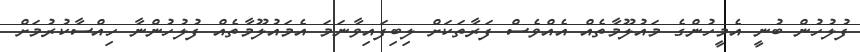
ފުލުހުން ބުނީ އެމީހުންގެ މައުލޫމާތެއް އެއްވެސް ފަރާތަކަށް ލިބިފައިވާނަމަ އެމައުލޫމާތެއް ފުލުހުންނާ ހިއްސާކުރުމަށް